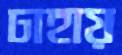
ঢাহায়